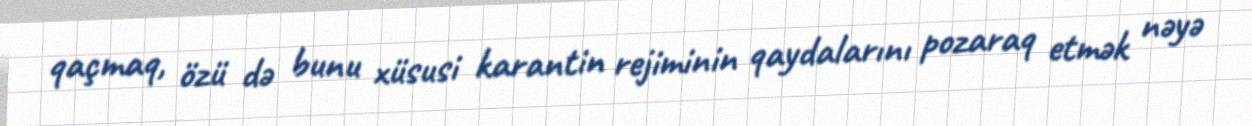
qaçmaq, özü də bunu xüsusi karantin rejiminin qaydalarını pozaraq etmək nəyə